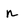
Character: n